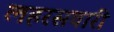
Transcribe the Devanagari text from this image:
लहरसवारी